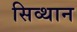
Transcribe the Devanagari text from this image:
सिव्थान